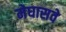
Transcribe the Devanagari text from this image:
मेघासवे